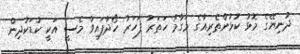
ދުނިޔޭގެ މޮޅު ކުޅުންތެރިއާގެ މަގާމު ހަތަރު ފަހަރު ހޯދާފައިވާ މެސީ އަކީ ކުޑަކުދިން